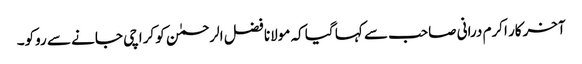
آخرکار اکرم درانی صاحب سے کہا گیا کہ مولانا فضل الرحمٰن کو کراچی جانے سے روکو۔